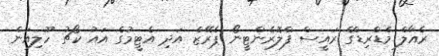
ރެއާލް މެޑްރިޑްގެ ރައީސް ފްލޮރެންޓީނޯ ޕެރޭޒް އަދި އެޓީމުގެ އައު ކޯޗު ހޫލިއަން